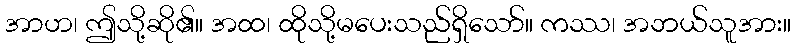
အာဟ၊ ဤသို့ဆို၏။ အထ၊ ထိုသို့မပေးသည်ရှိသော်။ ကဿ၊ အဘယ်သူအား။